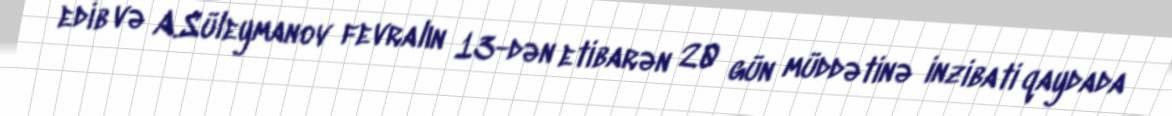
edib və A.Süleymanov fevralın 13-dən etibarən 20 gün müddətinə inzibati qaydada